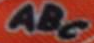
ABC